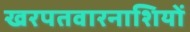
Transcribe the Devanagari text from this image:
खरपतवारनाशियों